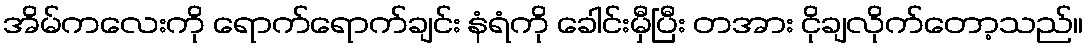
အိမ်ကလေးကို ရောက်ရောက်ချင်း နံရံကို ခေါင်းမှီပြီး တအား ငိုချလိုက်တော့သည်။